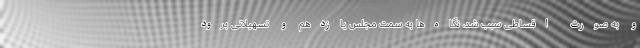
و به صورت اقساطی سبب شد، نگاه‌ها به سمت مجلس یازدهم و تسهیلاتی برود